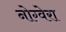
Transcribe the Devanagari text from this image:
नोग्वेरा